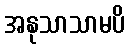
အနုသာသာမပိ